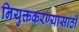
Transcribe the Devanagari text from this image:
नियुक्तकरण्यासाठी